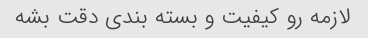
لازمه رو کیفیت و بسته بندی دقت بشه